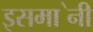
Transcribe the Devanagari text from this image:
इसमा॓नी